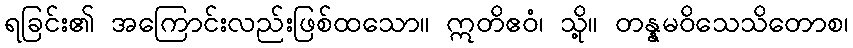
ရခြင်း၏ အကြောင်းလည်းဖြစ်ထသော။ ဣတိဧဝံ၊ သို့။ တန္နမဝိသေသိတောစ၊